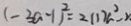
( - 3 a - 1 ) ^ { 2 } = 2 ( 1 ) a ^ { 2 } - x